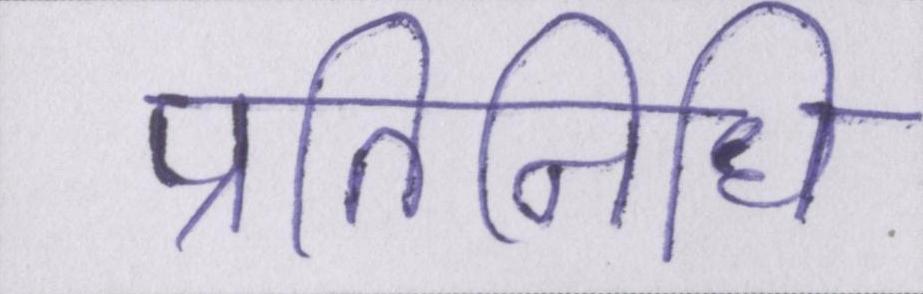
प्रतिनिधि